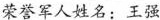
荣誉军人姓名：王强